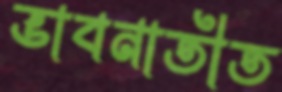
ভাবনাতীত